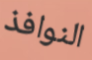
النوافذ